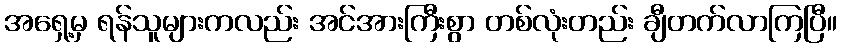
အရှေ့မှ ရန်သူများကလည်း အင်အားကြီးစွာ တစ်လုံးတည်း ချီတက်လာကြပြီ။